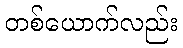
တစ်ယောက်လည်း